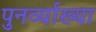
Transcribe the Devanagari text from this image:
पुनर्व्‍याख्‍या